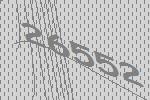
26552